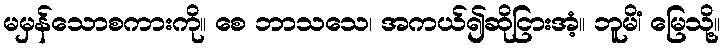
မမှန်သောစကားကို။ စေ ဘာသသေ၊ အကယ်၍ဆိုငြားအံ့။ ဘူမိံ၊ မြေသို့။